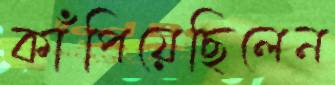
কাঁপিয়েছিলেন